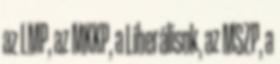
az LMP, az MKKP, a Liberálisok, az MSZP, a